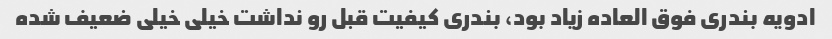
ادویه بندری فوق العاده زیاد بود، بندری کیفیت قبل رو نداشت خیلی خیلی ضعیف شده